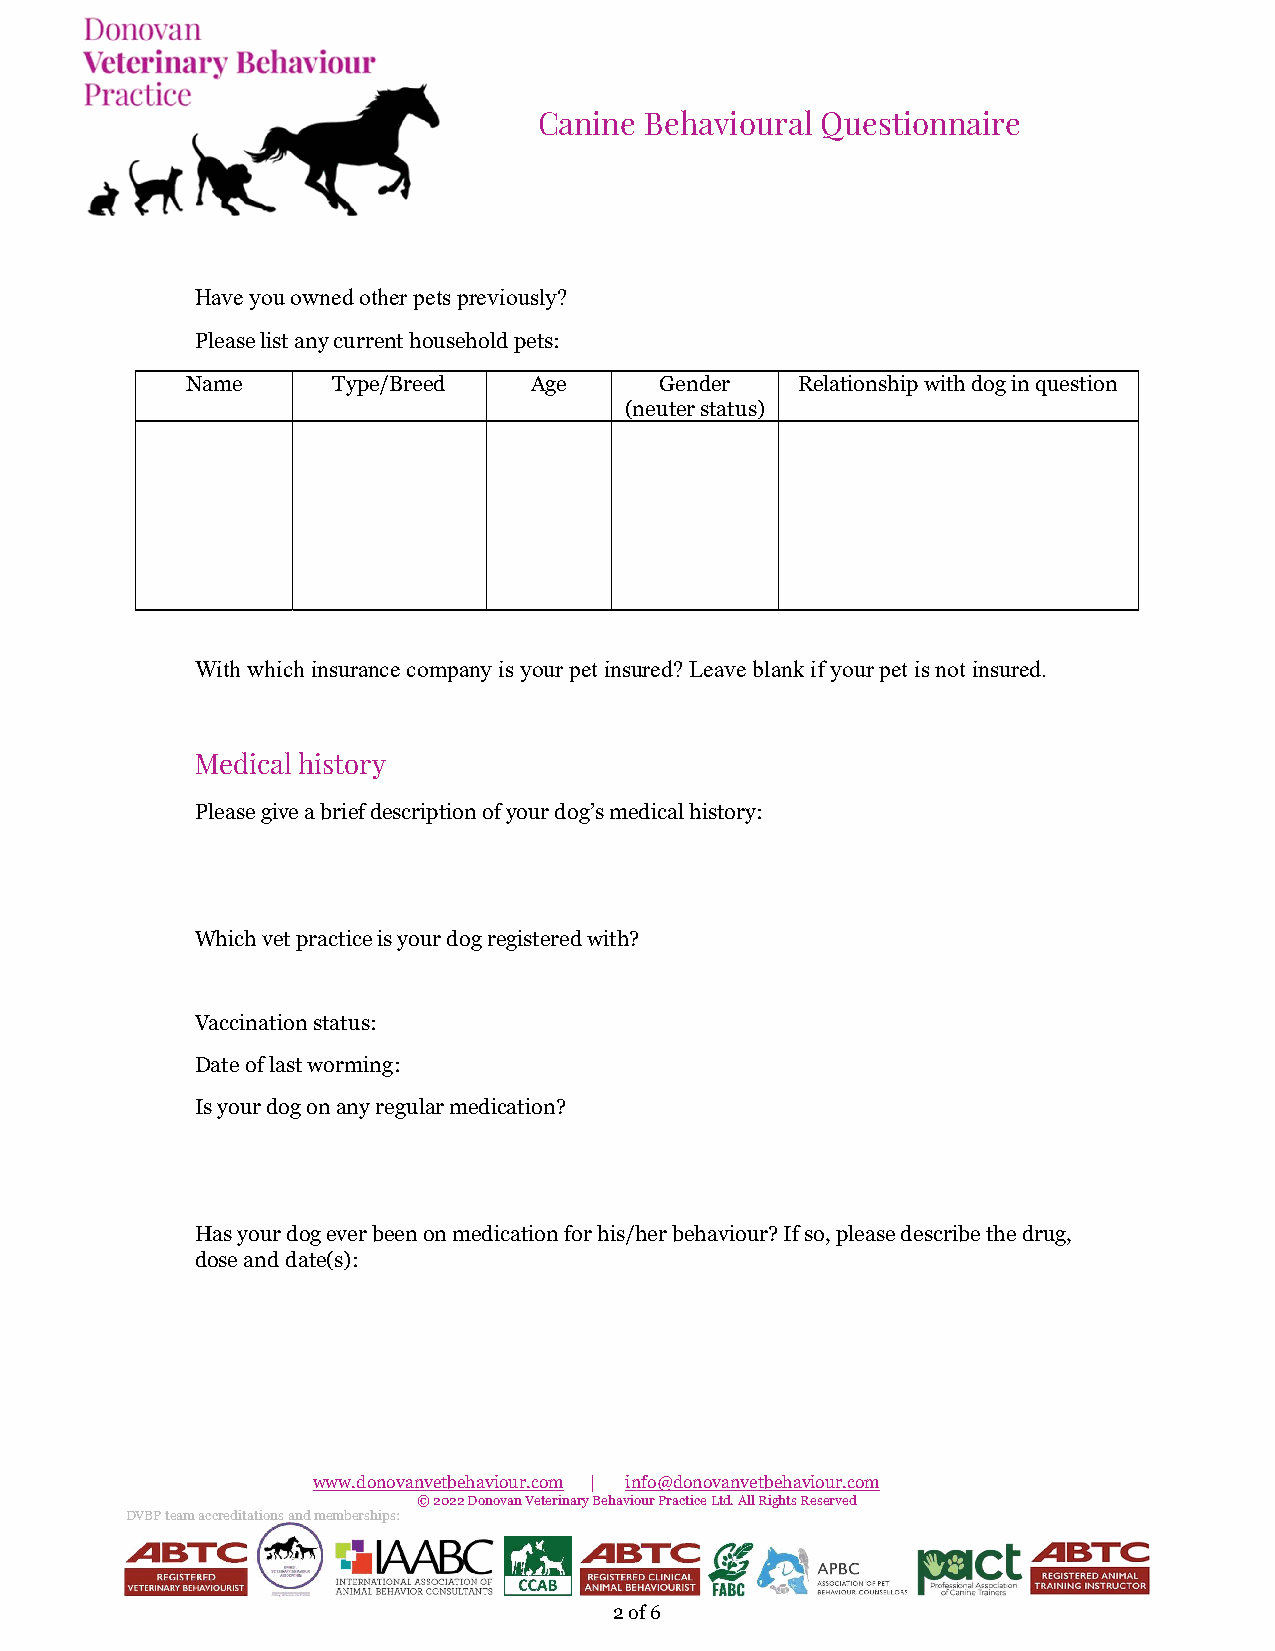
Canine Behavioural Questionnaire
 Have you owned other pets previously?
 Please list any current household pets:
 Name      Type/Breed   Age      Gender   Relationship with dog in question
 (neuter status)
 With which insurance company is your pet insured? Leave blank if your pet is not insured.
 Medical history
 Please give a brief description of your dog’s medical history:
 Which vet practice is your dog registered with?
 Vaccination status:
 Date of last worming:
 Is your dog on any regular medication?
 Has your dog ever been on medication for his/her behaviour? If so, please describe the drug,
 dose and date(s):
 www.donovanvetbehaviour.com | info@donovanvetbehaviour.com
 © 2022 Donovan Veterinary Behaviour Practice Ltd. All Rights Reserved
 DVBP team accreditations and memberships:
 2 of 6